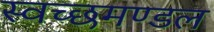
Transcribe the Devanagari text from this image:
स्‍वच्‍छमण्‍डल